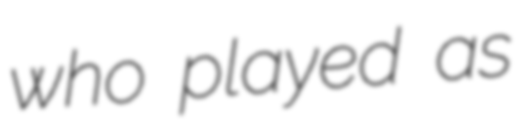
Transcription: who played as